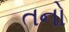
તનો